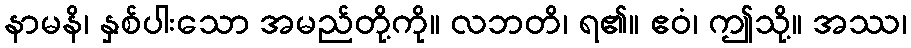
နာမနိ၊ နှစ်ပါးသော အမည်တို့ကို။ လဘတိ၊ ရ၏။ ဧဝံ၊ ဤသို့။ အဿ၊